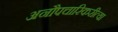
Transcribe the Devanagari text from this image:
अनौपचारिकरीत्या